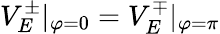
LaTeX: V_{E}^{\pm}|_{\varphi=0}=V_{E}^{\mp}|_{\varphi=\pi}